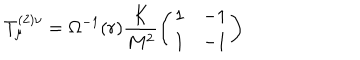
T _ { \mu } ^ { ( 2 ) \nu } = \Omega ^ { - 1 } ( r ) \frac { K } { M ^ { 2 } } \left( \begin{matrix} { { 1 } } & { { - 1 } } \\ { { 1 } } & { { - 1 } } \\ \end{matrix} \right)